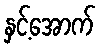
နှင့်အောက်